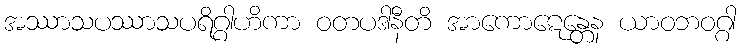
အဿာသပဿာသပရိဂ္ဂါဟိကာ ဝတပဒါနီတိ အာကောဋေန္တေန ယာဝဘဝဂ္ဂါ